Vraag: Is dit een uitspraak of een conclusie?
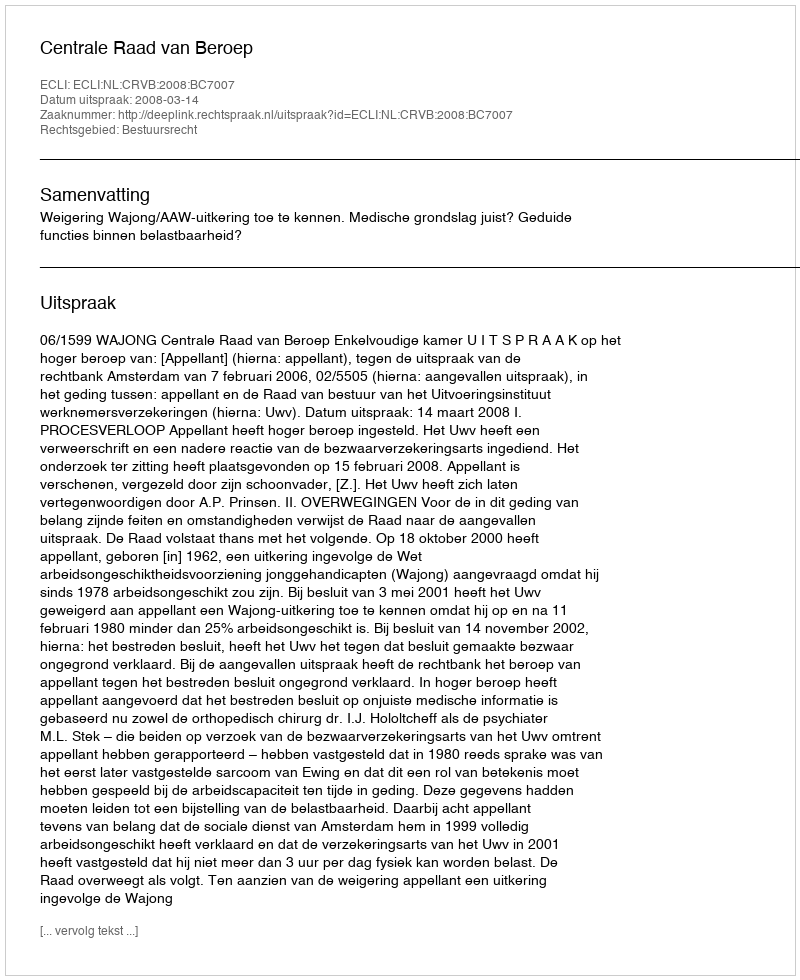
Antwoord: Uitspraak